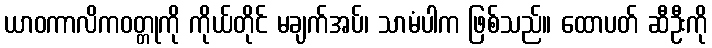
ယာဝကာလိကဝတ္တုကို ကိုယ်တိုင် မချက်အပ်၊ သာမံပါက ဖြစ်သည်။ ထောပတ် ဆီဦးကို